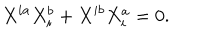
X ^ { i a } X _ { i } ^ { b } + X ^ { i b } X _ { i } ^ { a } = 0 .